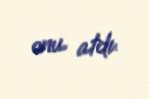
onu atdı.